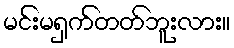
မင်းမရှက်တတ်ဘူးလား။